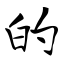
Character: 的